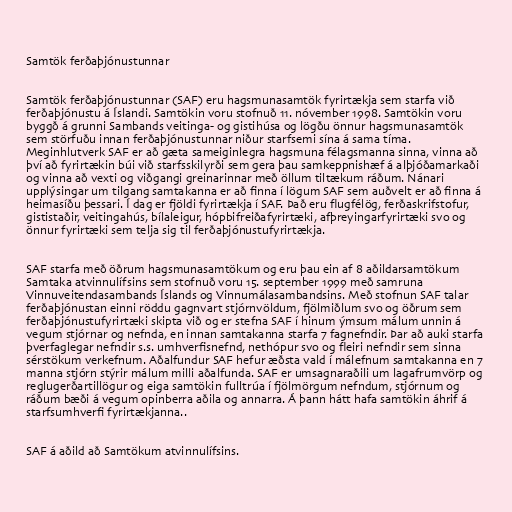
Samtök ferðaþjónustunnar

Samtök ferðaþjónustunnar (SAF) eru hagsmunasamtök fyrirtækja sem starfa við
ferðaþjónustu á Íslandi. Samtökin voru stofnuð 11. nóvember 1998. Samtökin voru
byggð á grunni Sambands veitinga- og gistihúsa og lögðu önnur hagsmunasamtök
sem störfuðu innan ferðaþjónustunnar niður starfsemi sína á sama tíma.
Meginhlutverk SAF er að gæta sameiginlegra hagsmuna félagsmanna sinna, vinna að
því að fyrirtækin búi við starfsskilyrði sem gera þau samkeppnishæf á alþjóðamarkaði
og vinna að vexti og viðgangi greinarinnar með öllum tiltækum ráðum. Nánari
upplýsingar um tilgang samtakanna er að finna í lögum SAF sem auðvelt er að finna á
heimasíðu þessari. Í dag er fjöldi fyrirtækja í SAF. Það eru flugfélög, ferðaskrifstofur,
gististaðir, veitingahús, bílaleigur, hópbifreiðafyrirtæki, afþreyingarfyrirtæki svo og
önnur fyrirtæki sem telja sig til ferðaþjónustufyrirtækja.

SAF starfa með öðrum hagsmunasamtökum og eru þau ein af 8 aðildarsamtökum
Samtaka atvinnulífsins sem stofnuð voru 15. september 1999 með samruna
Vinnuveitendasambands Íslands og Vinnumálasambandsins. Með stofnun SAF talar
ferðaþjónustan einni röddu gagnvart stjórnvöldum, fjölmiðlum svo og öðrum sem
ferðaþjónustufyrirtæki skipta við og er stefna SAF í hinum ýmsum málum unnin á
vegum stjórnar og nefnda, en innan samtakanna starfa 7 fagnefndir. Þar að auki starfa
þverfaglegar nefndir s.s. umhverfisnefnd, nethópur svo og fleiri nefndir sem sinna
sérstökum verkefnum. Aðalfundur SAF hefur æðsta vald í málefnum samtakanna en 7
manna stjórn stýrir málum milli aðalfunda. SAF er umsagnaraðili um lagafrumvörp og
reglugerðartillögur og eiga samtökin fulltrúa í fjölmörgum nefndum, stjórnum og
ráðum bæði á vegum opinberra aðila og annarra. Á þann hátt hafa samtökin áhrif á
starfsumhverfi fyrirtækjanna..

SAF á aðild að Samtökum atvinnulífsins.